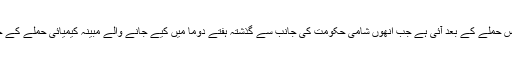
امریکی صدر کی یہ تنبیہ امریکہ اور اس کے دو اور اتحادیوں کے اس حملے کے بعد آئی ہے جب انھوں شامی حکومت کی جانب سے گذشتہ ہفتے دوما میں کیے جانے والے مبینہ کیمیائی حملے کے جواب میں گذشتہ روز شام کے تین مقامات پر میزائلوں سے حملہ کیا۔